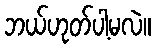
ဘယ်ဟုတ်ပါ့မလဲ။